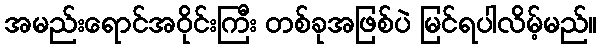
အမည်းရောင်အဝိုင်းကြီး တစ်ခုအဖြစ်ပဲ မြင်ရပါလိမ့်မည်။